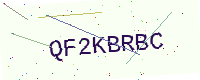
Text: QF2KBRBC